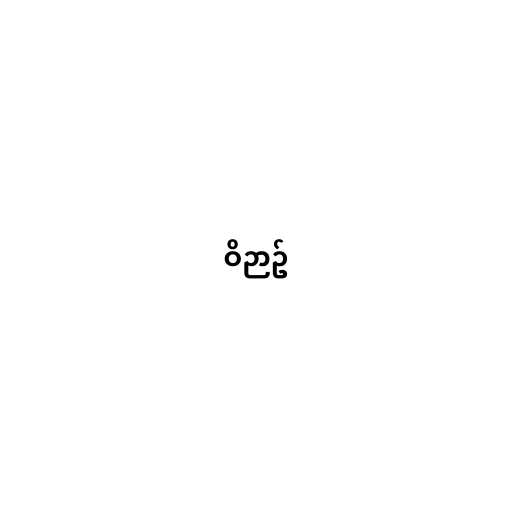
ဝိဉာဥ်